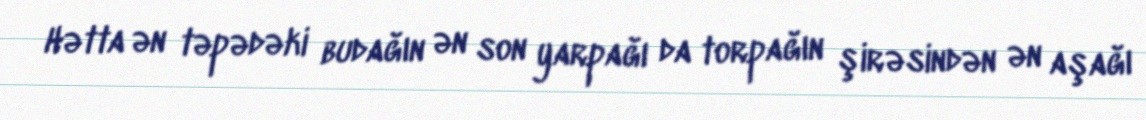
Hətta ən təpədəki budağın ən son yarpağı da torpağın şirəsindən ən aşağı